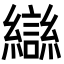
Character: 䜌